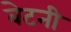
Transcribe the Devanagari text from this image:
बेटनी